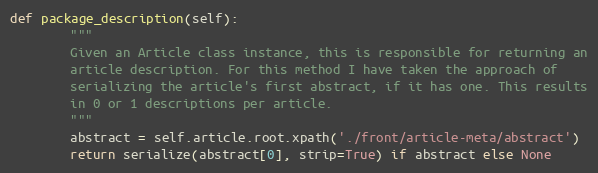
Language: Python
def package_description(self):
        """
        Given an Article class instance, this is responsible for returning an
        article description. For this method I have taken the approach of
        serializing the article's first abstract, if it has one. This results
        in 0 or 1 descriptions per article.
        """
        abstract = self.article.root.xpath('./front/article-meta/abstract')
        return serialize(abstract[0], strip=True) if abstract else None